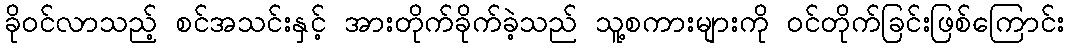
ခိုဝင်လာသည့် စင်အသင်းနှင့် အားတိုက်ခိုက်ခဲ့သည် သူ့စကားများကို ဝင်တိုက်ခြင်းဖြစ်ကြောင်း